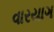
વારયાગ